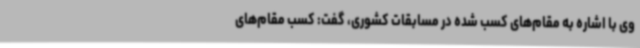
وی با اشاره به مقام‌های کسب شده در مسابقات کشوری، گفت: کسب مقام‌های